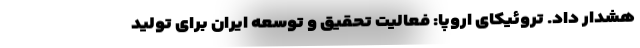
هشدار داد. تروئیکای اروپا: فعالیت تحقیق و توسعه ایران برای تولید